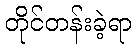
တိုင်တန်းခဲ့ရာ